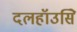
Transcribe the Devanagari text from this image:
दलहॉउसिे